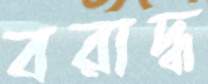
বরাদ্ধ